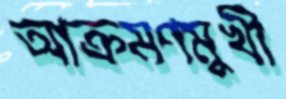
আক্রমণমুখী